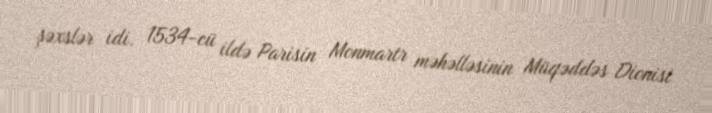
şəxslər idi. 1534-cü ildə Parisin Monmartr məhəlləsinin Müqəddəs Dionisi